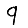
Digit: 9